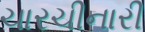
ચારચીનારી